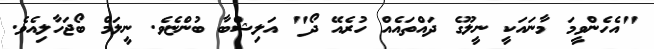
"އެހެންވީމަ މާނައަކީ ނީލޫގެ ދައްތައެއް ހުރެއޭ ދޯ" އަލިޝްބާ ބުންޏެވެ. ނީލަމް ބޯޖަހާލިއެވެ.